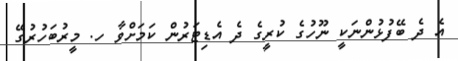
އެ ދެ ބޭފުޅުންނަކީ ނޫހުގެ ކުރީގެ ދެ އެޑިޓަރުން ކަމަށްވާ ހ. މީރުބަހުރުގޭ